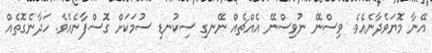
އޭނާ މޮޔަވެދާނެއެވެ. ވިސްނޭ ނުވިސްނޭ އެއްޗެއް ނޭނގި ސިކުނޑި ސުމަކަށް ގޮސްފާނެއެވެ. ހަދާނެގޮތެއް